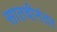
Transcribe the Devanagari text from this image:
सातवीनंतर